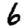
Digit: 6